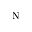
_ \mathrm { N }